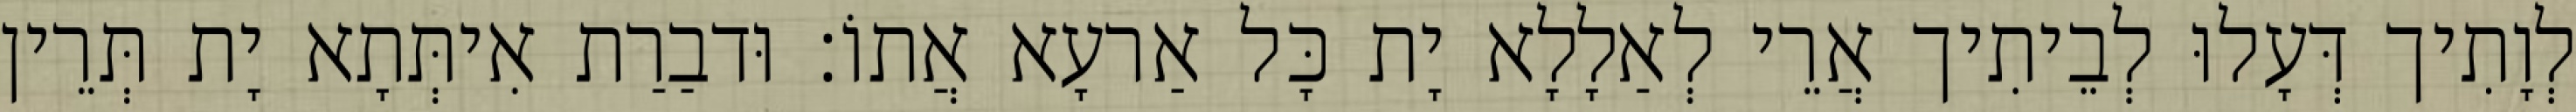
לְוָתִיך דְּעָלוּ לְבֵיתִיך אֲרֵי לְאַלָלָא יָת כָּל אַרעָא אֲתוֹ׃ וּדבַרַת אִיתְּתָא יָת תְּרֵין